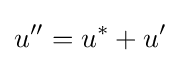
u''=u^{*}+u'